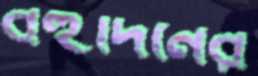
বহুদিনের